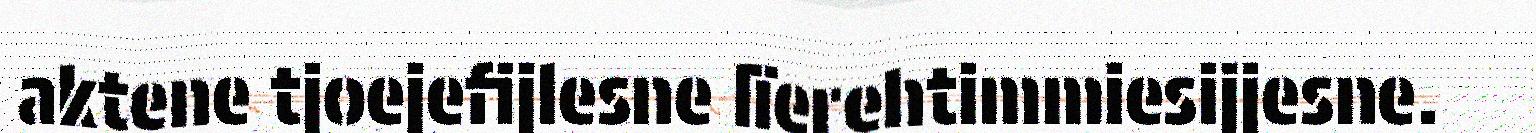
aktene tjoejefijlesne lïerehtimmiesijjesne.